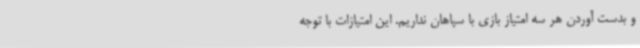
و بدست آوردن هر سه امتیاز بازی با سپاهان نداریم. این امتیازات با توجه